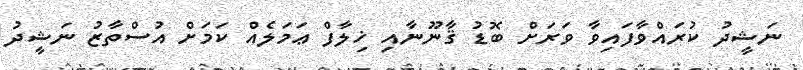
ނަޝީދު ކުރައްވާފައިވާ ވަރަށް ބޮޑު ޤާނޫނާއި ޚިލާފް ޢަމަލެއް ކަމަށް އުސްތާޒު ނަޝީދު